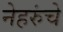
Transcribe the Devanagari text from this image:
नेहरुंचे